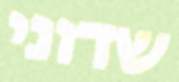
שדוני